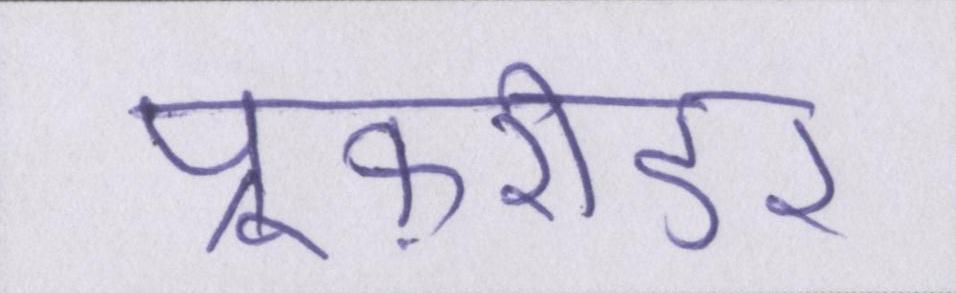
प्रूफ़रीडर